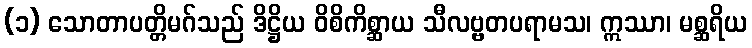
(၁) သောတာပတ္တိမဂ်သည် ဒိဋ္ဌိယ ဝိစိကိစ္ဆာယ သီလဗ္ဗတပရာမသ၊ ဣဿာ၊ မစ္ဆရိယ